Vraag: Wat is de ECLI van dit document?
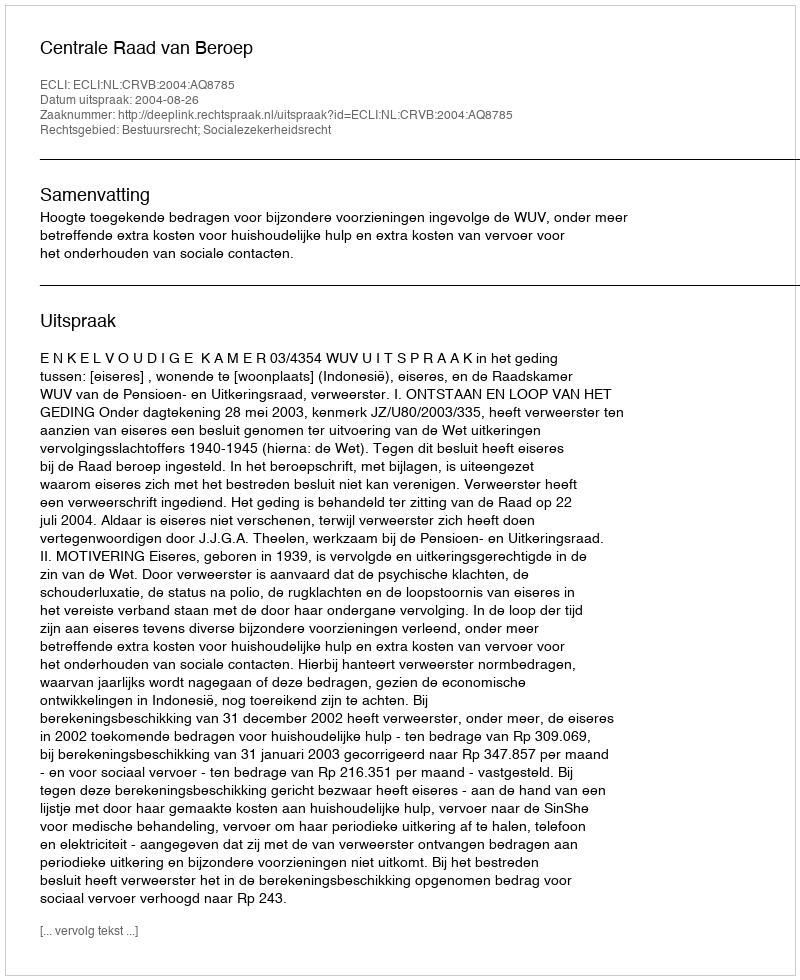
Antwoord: ECLI:NL:CRVB:2004:AQ8785